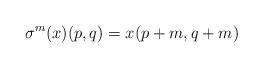
LaTeX: \begin{align*}\sigma^m(x)(p,q)=x(p+m,q+m)\end{align*}